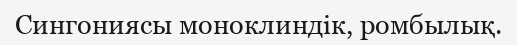
Сингониясы моноклиндік, ромбылық.